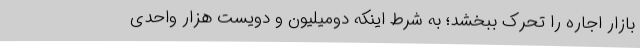
بازار اجاره را تحرک ببخشد؛ به شرط اینکه دومیلیون و دویست هزار واحدی